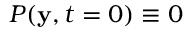
P ( \mathbf { y } , t = 0 ) \equiv 0